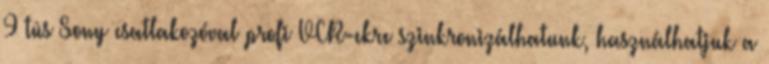
9 tûs Sony csatlakozóval profi VCR-ekre szinkronizálhatunk, használhatjuk a